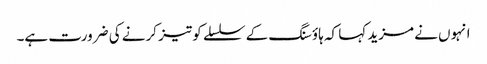
انہوں نے مزید کہا کہ ہاؤسنگ کے سلسلے کو تیز کرنے کی ضرورت ہے۔